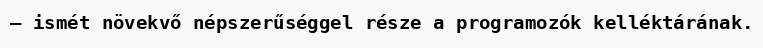
– ismét növekvő népszerűséggel része a programozók kelléktárának.